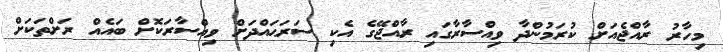
މިހާރު ރާއްޖެއަށް ކުރަމުންދާ ވިއްސާރާގައި ރާއްޖޭގެ އެކި ސަރަޙައްދަށް ވިއްސާރަކޮށް ބައެއް ރަށްތަކަށް